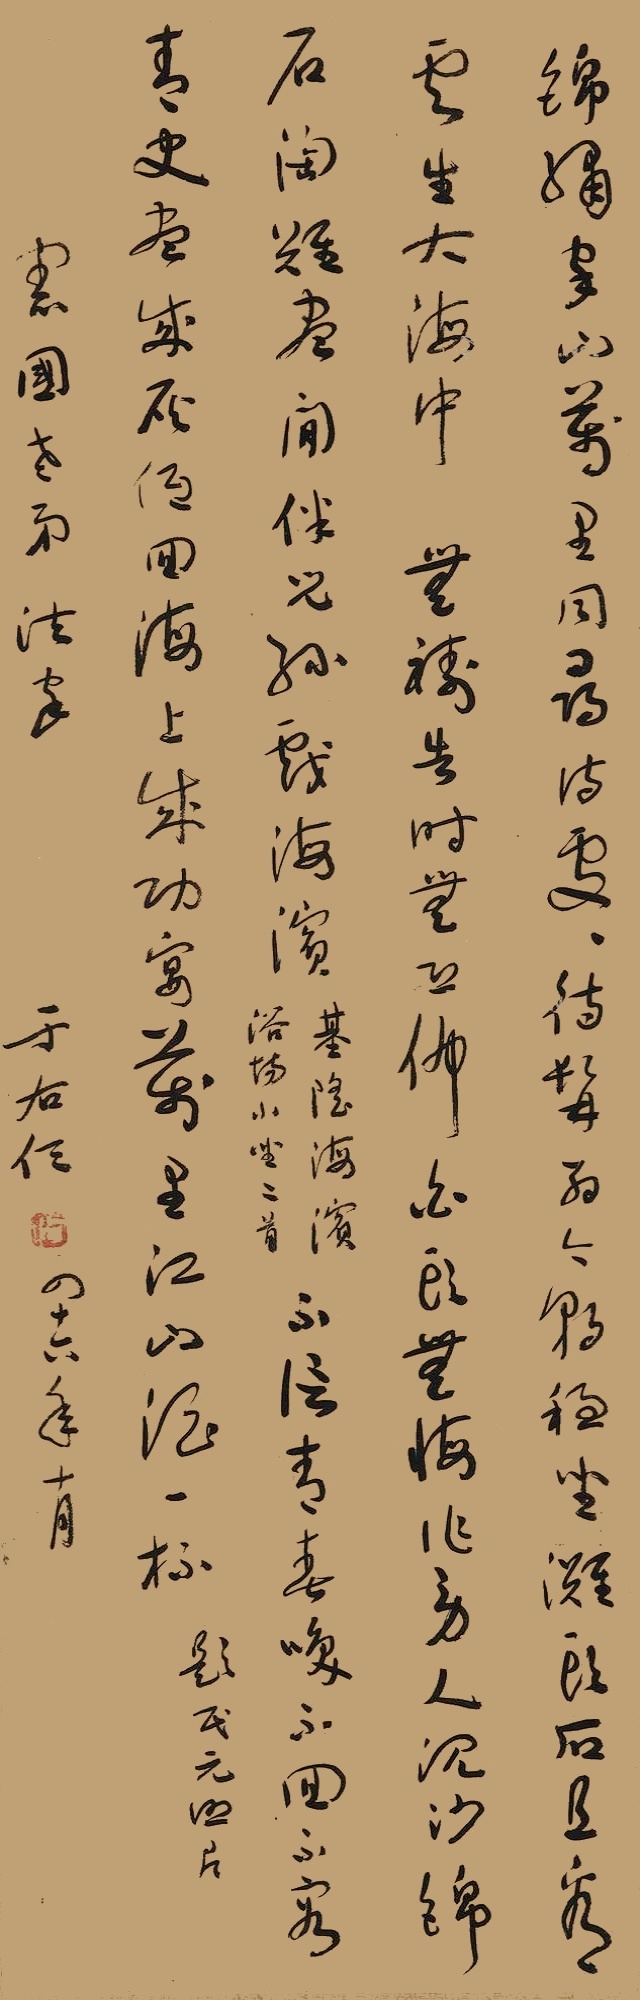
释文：锦绣家山万里同，寻诗处处待髯翁。今朝稳坐滩头石，且看云生大海中。无祷告时无恐怖，白头无悔作劳人。沈沙锦石淘难尽，闲伴儿孙戏海滨。——《基隆海滨小坐》二首。不信青春唤不回，不容青史尽成灰。低回海上成功宴，万里江山酒一杯。——《题民元照片》。宪国老弟法家。于右任，四十六年十月。